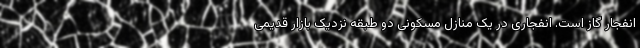
انفجار گاز است. انفجاری در یک منازل مسکونی دو طبقه نزدیک بازار قدیمی